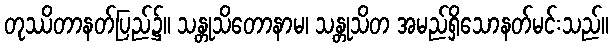
တုဿိတာနတ်ပြည်၌။ သန္တုသိတောနာမ၊ သန္တုသိတ အမည်ရှိသောနတ်မင်းသည်။